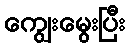
ကျွေးမွေးပြီး